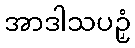
အာဒါသပဉှံ